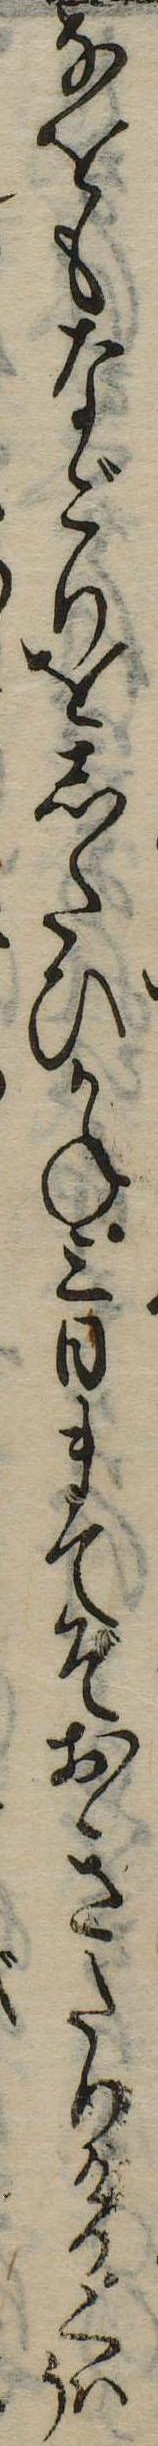
なをもなごりをしたひかね三日まてぞおきたりけりくはう